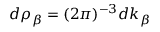
{ d \rho _ { \beta } = ( 2 \pi ) ^ { - 3 } d \boldsymbol { k } _ { \beta } }